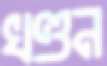
খণ্ডন